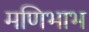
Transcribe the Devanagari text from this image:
मणिभाभ